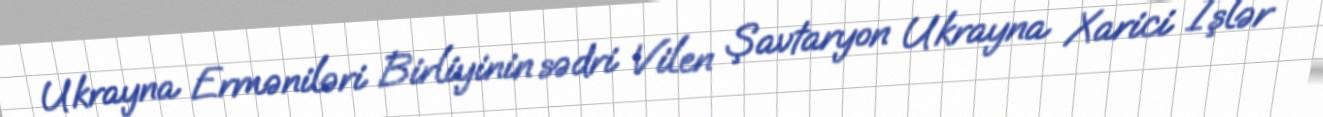
Ukrayna Erməniləri Birliyinin sədri Vilen Şavtaryon Ukrayna Xarici İşlər